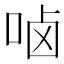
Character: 𠳱